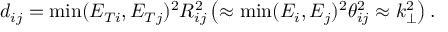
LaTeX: d _ { i j } = \operatorname * { m i n } ( E _ { T i } , E _ { T j } ) ^ { 2 } R _ { i j } ^ { 2 } \left( \approx \operatorname * { m i n } ( E _ { i } , E _ { j } ) ^ { 2 } \theta _ { i j } ^ { 2 } \approx k _ { \perp } ^ { 2 } \right) .